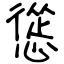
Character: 慫